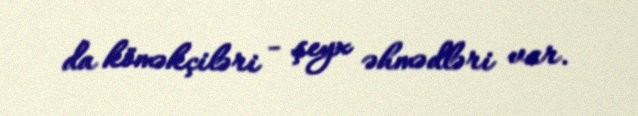
da köməkçiləri - şeyx əhmədləri var.